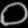
Digit: ၀